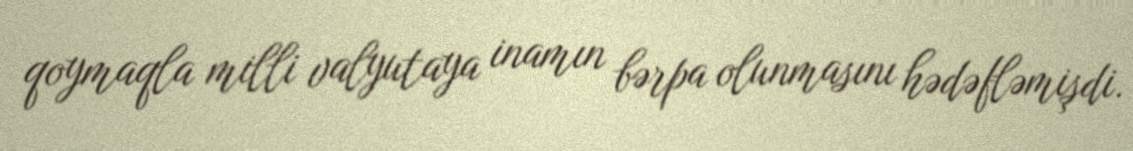
qoymaqla milli valyutaya inamın bərpa olunmasını hədəfləmişdi.